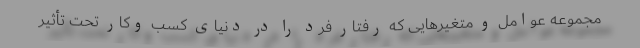
مجموعه عوامل و متغیرهایی که رفتار فرد را در دنیای کسب وکار تحت تأثیر